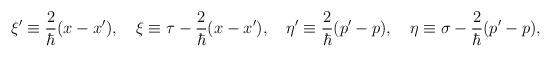
LaTeX: \begin{align*}\xi'\equiv {2\over \hbar} (x-x'), \quad\xi\equiv \tau- {2\over \hbar} (x-x'), \quad\eta'\equiv {2\over \hbar} (p'-p), \quad\eta\equiv \sigma- {2\over \hbar} (p'-p),\end{align*}